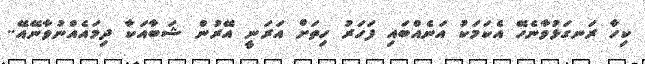
ކިހާ ރަނގަޅުވާނެހޭ އެކަމަކު އަނެއްބައި ފަހަރު ހިތަށް އަރަނީ އޭރުން ޝަބާއަކާ ދިމައެއްނުވާނޭއޭ..